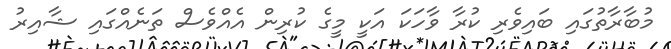
މުބާރާތުގައި ބައިވެރި ކުރާ ވާހަކަ އަކީ މީގެ ކުރިން އެއްވެސް ތަނެއްގައި ޝާއިރު